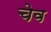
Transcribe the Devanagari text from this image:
चेव